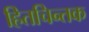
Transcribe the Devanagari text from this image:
हितचिन्तक